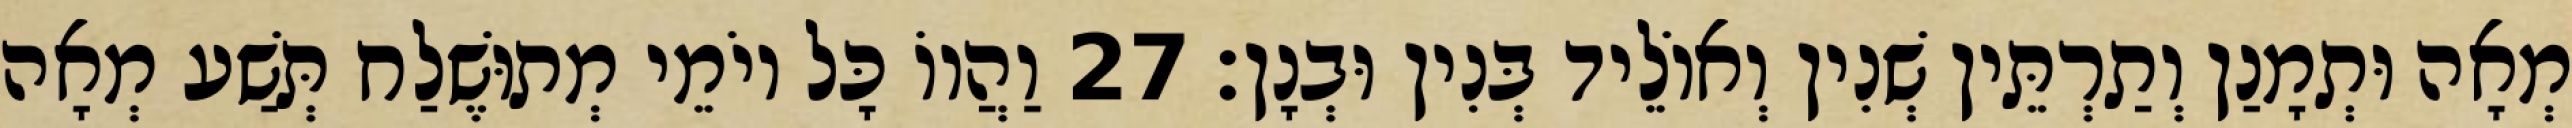
מְאָה וּתְמָנַן וְתַרְתֵּין שְׁנִין וְאוֹלֵיד בְּנִין וּבְנָן׃ 27 וַהֲווֹ כָּל יוֹמֵי מְתוּשֶׁלַח תְּשַׁע מְאָה